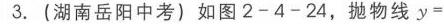
图2 - 1 - 1  图2 - 1 - 2

### 二、三个点都不在坐标轴上的三角形的面积的求法
可以过三角形的顶点做平行于坐标轴或者垂直于坐标轴的直线，把图形补成方便计算的图形，再进行计算.
如图2 - 1 - 3，求三角形 \(ABC\) 的面积，我们结合割补的思路给出几种方法.
如图2 - 1 - 4，\(S_{\triangle ABC}=S_{\text{梯}ACDE}-S_{\triangle ABE}-S_{\triangle BCD}\)；
如图2 - 1 - 5，\(S_{\triangle ABC}=S_{\text{梯}AEDB}-S_{\triangle ACE}-S_{\triangle BCD}\)；
如图2 - 1 - 6，\(S_{\triangle ABC}=S_{\text{矩形}AEFD}-S_{\triangle ACE}-S_{\triangle BAD}-S_{\triangle BCF}\)；
如图2 - 1 - 7，\(S_{\triangle ABC}=S_{\text{梯}CBDE}+S_{\triangle ABD}-S_{\triangle CAE}\)；
如图2 - 1 - 8，\(S_{\triangle ABC}=S_{\text{梯}CBDE}+S_{\triangle ACE}-S_{\triangle BAD}\)